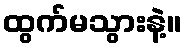
ထွက်မသွားနဲ့။